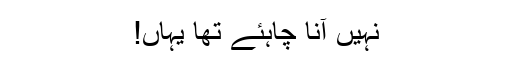
نہیں آنا چاہئے تھا یہاں!